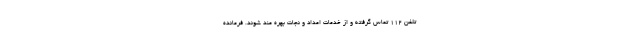
تلفن ۱۱۲ تماس گرفته و از خدمات امداد و نجات بهره مند شوند. فرمانده